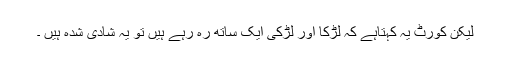
لیکن کورٹ یہ کہتاہے کہ لڑکا اور لڑکی ایک ساتھ رہ رہے ہیں تو یہ شادی شدہ ہیں ۔